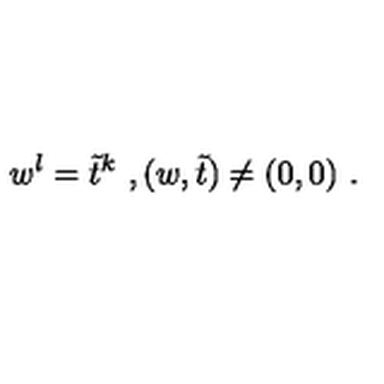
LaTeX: w ^ { l } = \tilde { t } ^ { k } \ , ( w , \tilde { t } ) \neq ( 0 , 0 ) \ .